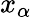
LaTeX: x_{\alpha}